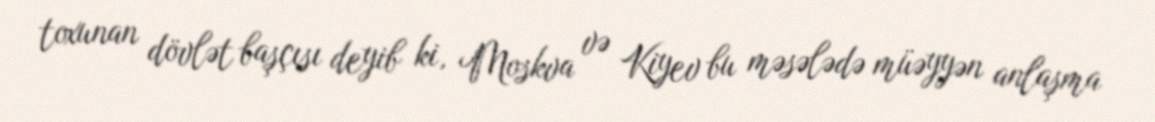
toxunan dövlət başçısı deyib ki, Moskva və Kiyev bu məsələdə müəyyən anlaşma